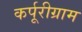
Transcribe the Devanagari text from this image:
कर्पूरीग्राम